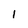
Character: 1